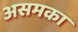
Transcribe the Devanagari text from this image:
असमका